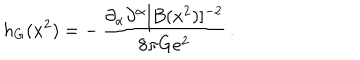
h _ { G } ( x ^ { 2 } ) = - \, { \frac { \partial _ { \alpha } \partial ^ { \alpha } [ B ( x ^ { 2 } ) ] ^ { - 2 } } { 8 \pi G e ^ { 2 } } } \, .